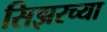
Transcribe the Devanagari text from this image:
सिझरच्या